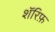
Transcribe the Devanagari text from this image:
शॅरिफ़